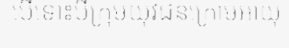
បើទោះបីក្រុមយុវជនក្រោមអាយុ